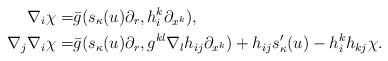
LaTeX: \begin{align*}\nabla_i\chi=&\bar{g}( s_{\kappa}(u)\partial_r, h_i^k\partial_{x^k}),\\ \nabla_j\nabla_i\chi= & \bar{g}( s_{\kappa}(u)\partial_r,g^{kl}\nabla_lh_{ij}\partial_{x^k})+h_{ij}s'_{\kappa}(u)-h_i^kh_{kj}\chi.\end{align*}